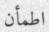
اطمأن